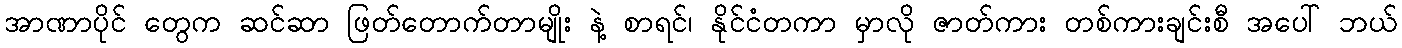
အာဏာပိုင် တွေက ဆင်ဆာ ဖြတ်တောက်တာမျိုး နဲ့ စာရင်၊ နိုင်ငံတကာ မှာလို ဇာတ်ကား တစ်ကားချင်းစီ အပေါ် ဘယ်